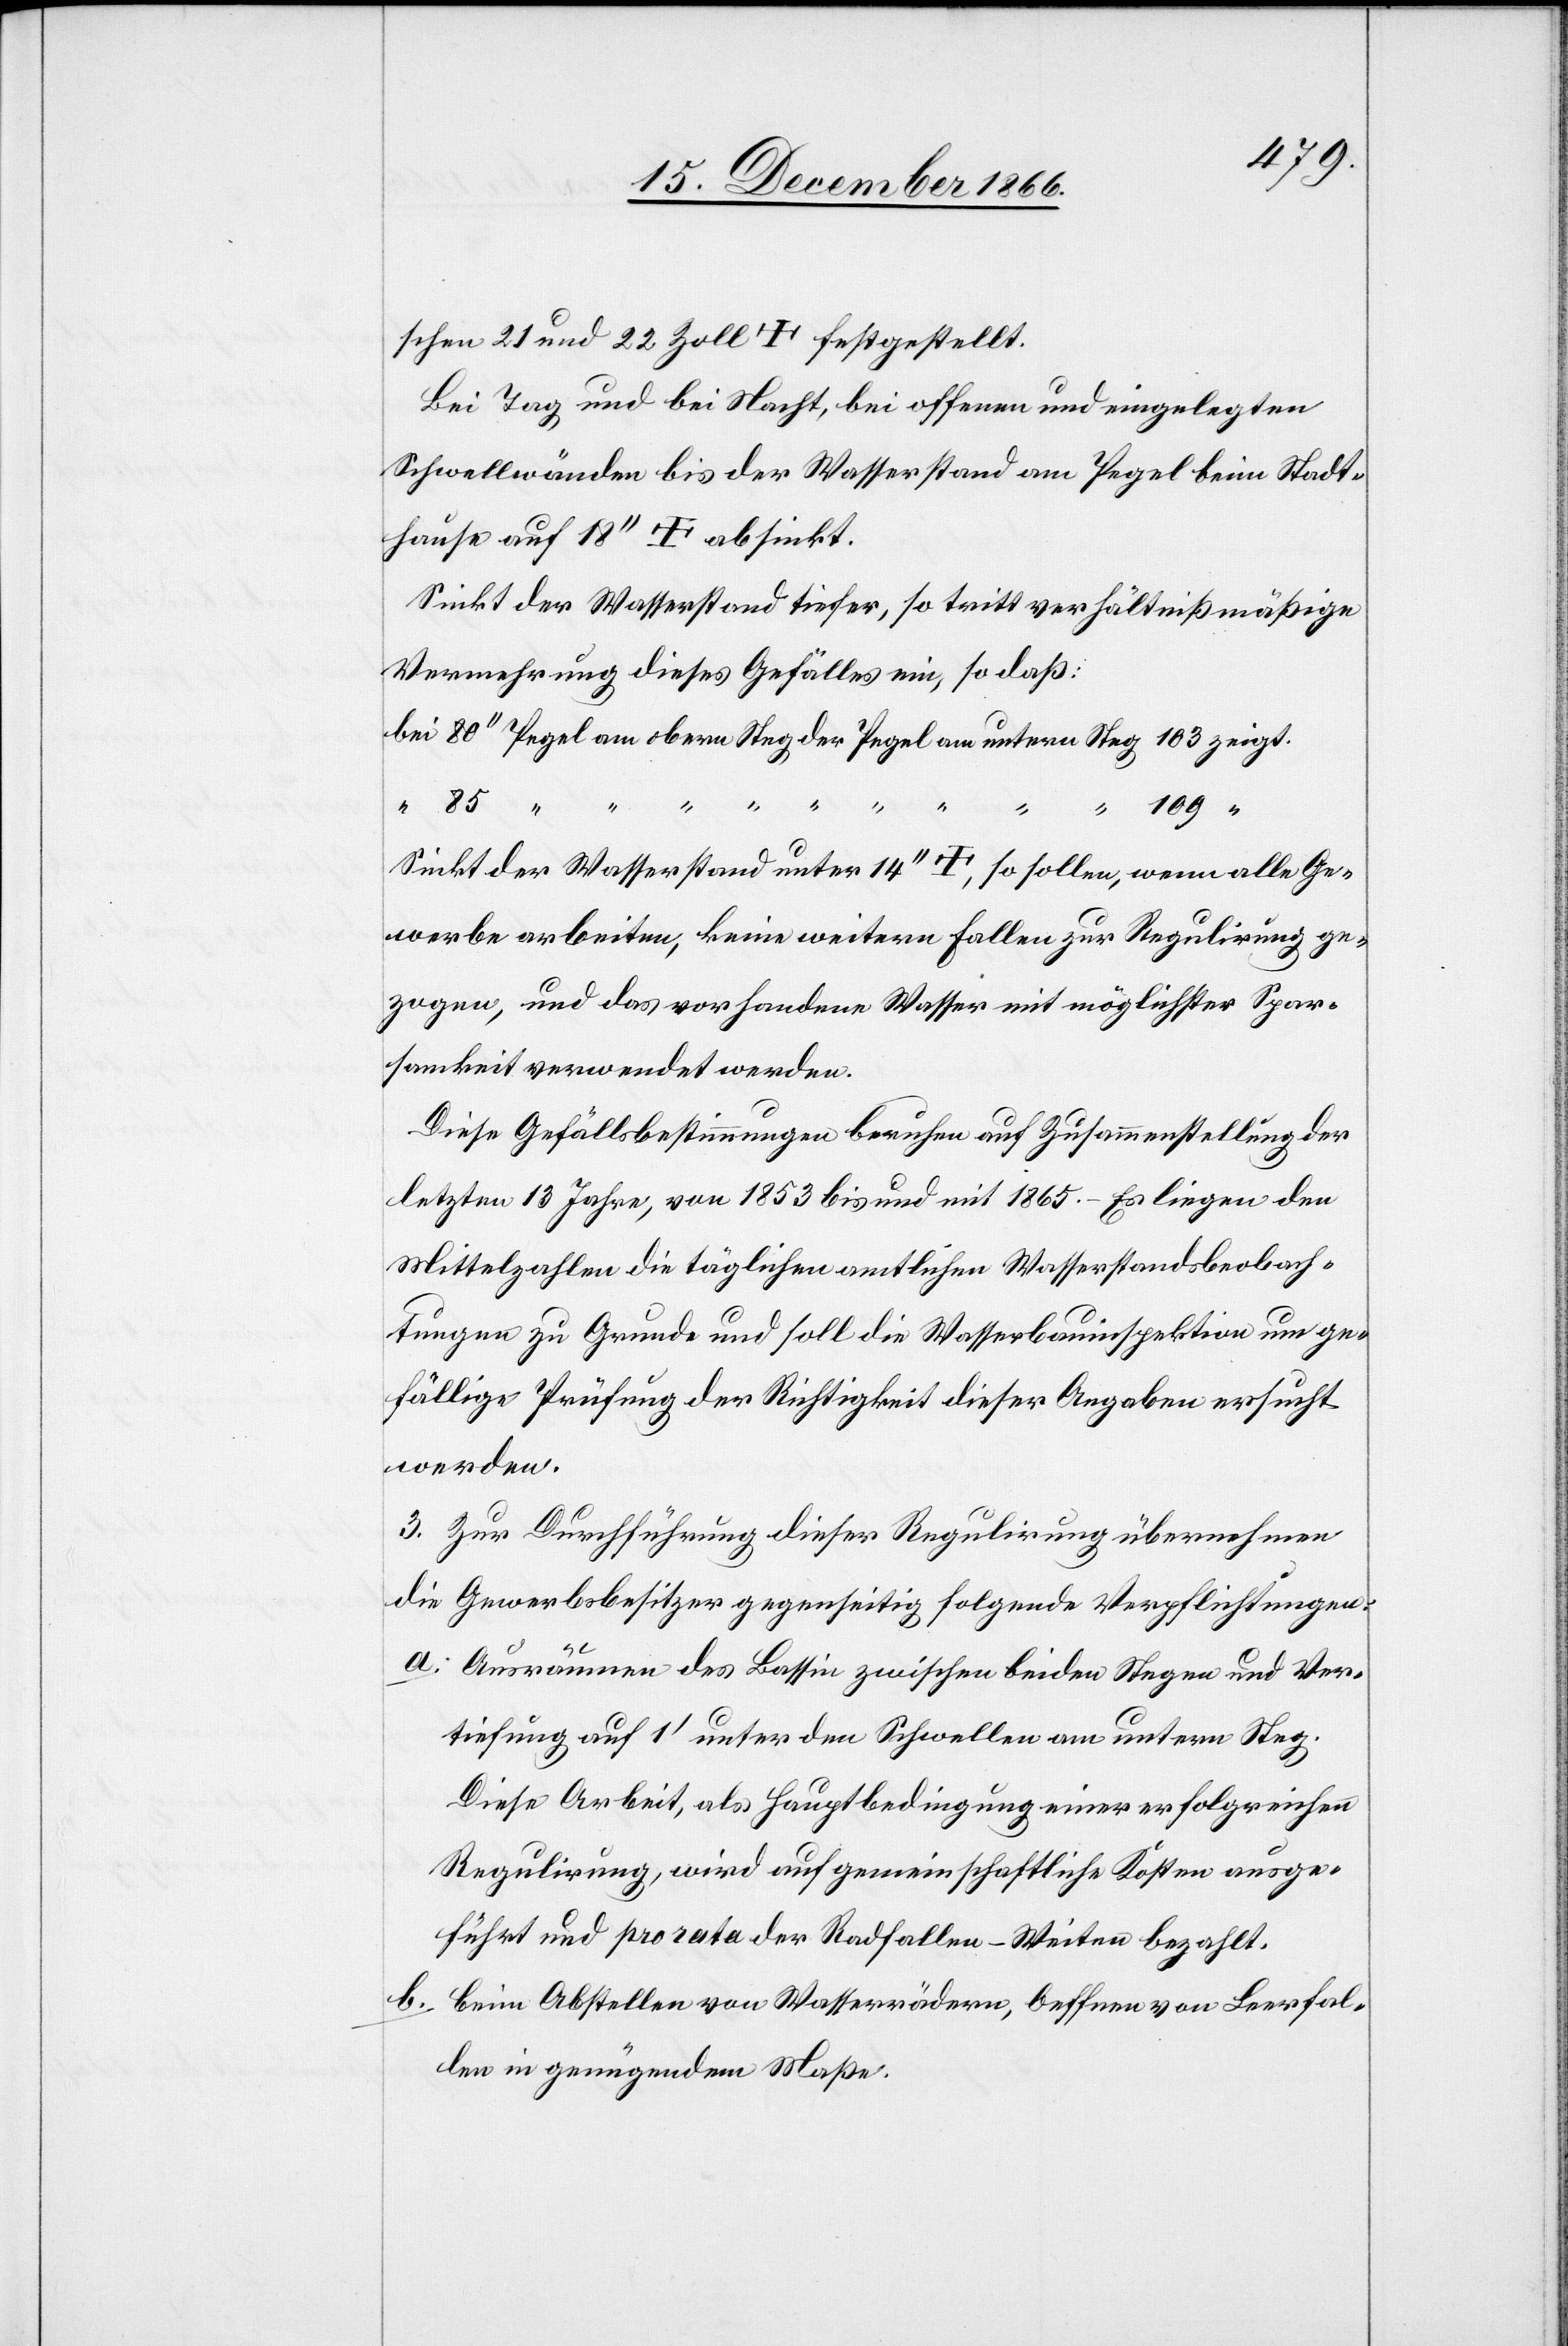
schen 21 und 22 Zoll + festgestellt.
Bei Tag und bei Nacht, bei offenen und eingelegten
Schwellwänden bis der Wasserstand am Pegel beim Stadt¬
hause auf 18‘‘ + absinkt.
Sinkt der Wasserstand tiefer, so tritt verhältnißmäßige
Vermehrung dieses Gefälles ein, so daß:
bei 80‘‘ Pegel am obern Steg der Pegel am untern Steg 103 zeigt.
“ 109 “
Sinkt der Wasserstand unter 14‘‘ +, so sollen, wenn alle Ge¬
werbe arbeiten, keine weitern Fallen zur Regulirung ge¬
zogen, und das vorhandene Wasser mit möglichster Spar¬
samkeit verwendet werden.
Diese Gefällsbestimmungen beruhen auf Zusammenstellung der
letzten 13 Jahre, von 1853 bis und mit 1865. – Es liegen den
Mittelzahlen die täglichen amtlichen Wasserstandsbeobach¬
tungen zu Grunde und soll die Wasserbauinspektion um ge¬
fällige Prüfung der Richtigkeit dieser Angaben ersucht
werden.
3. Zur Durchführung dieser Regulirung übernehmen
die Gewerbsbesitzer gegenseitig folgende Verpflichtungen:
a. Ausräumen des Bassin zwischen beiden Stegen und Ver¬
tiefung auf 1‘ unter den Schwellen am untern Steg.
Diese Arbeit, als Hauptbedingung einer erfolgreichen
Regulirung, wird auf gemeinschaftliche Kosten ausge¬
führt und pro rata der Radfallen-Weiten bezahlt.
b. beim Abstellen von Wasserrädern, Oeffnen von Leerfal¬
len in genügendem Maße.